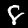
Label: 8